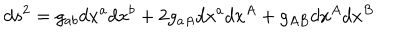
d s ^ { 2 } = g _ { a b } d x ^ { a } d x ^ { b } + 2 g _ { a A } d x ^ { a } d x ^ { A } + g _ { A B } d x ^ { A } d x ^ { B }